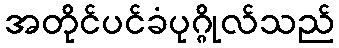
အတိုင်ပင်ခံပုဂ္ဂိုလ်သည်